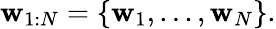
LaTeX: \mathbf{w}_{1:N}=\left\{ \mathbf{w}_{1},...,\mathbf{w}_{N}\right\} .